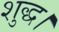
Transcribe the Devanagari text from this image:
शुद्ध।